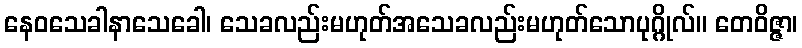
နေဝသေခါနာသေခေါ၊ သေခလည်းမဟုတ်အသေခလည်းမဟုတ်သောပုဂ္ဂိုလ်။ တေဝိဇ္ဇာ၊